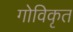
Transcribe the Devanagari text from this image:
गोविकृत